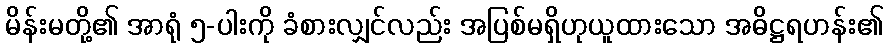
မိန်းမတို့၏ အာရုံ ၅-ပါးကို ခံစားလျှင်လည်း အပြစ်မရှိဟုယူထားသော အဓိဋ္ဌရဟန်း၏